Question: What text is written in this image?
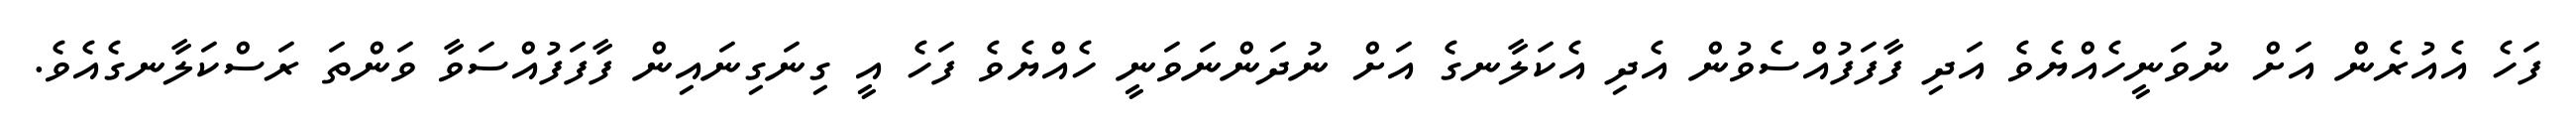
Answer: ފަހެ އެއުރެން އަށް ނުވަނީހެއްޔެވެ އަދި ފާފަފުއްސެވުން އެދި އެކަލާނގެ އަށް ނުދަންނަވަނީ ހެއްޔެވެ ފަހެ އީ ގިނަގިނައިން ފާފަފުއްސަވާ ވަންތަ ރަސްކަލާނގެއެވެ.